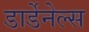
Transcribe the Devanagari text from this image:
डार्डेनेल्स